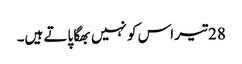
28 تیر اس کو نہیں بھگا پاتے ہیں۔